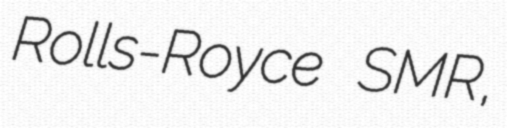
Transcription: Rolls-Royce SMR,